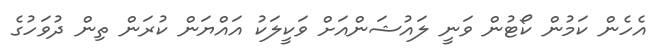
އެހެން ކަމުން ކޯޓުން ވަނީ ލައުޝަންއަށް ވަކީލަކު އައްޔަން ކުރަން ތިން ދުވަހުގެ